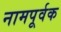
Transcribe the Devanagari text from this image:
नामपूर्वक